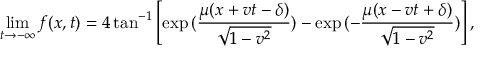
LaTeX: \operatorname * { l i m } _ { t \rightarrow - \infty } f ( x , t ) = 4 \tan ^ { - 1 } \left[ \exp { ( \frac { \mu ( x + v t - \delta ) } { \sqrt { 1 - v ^ { 2 } } } ) } - \exp { ( - \frac { \mu ( x - v t + \delta ) } { \sqrt { 1 - v ^ { 2 } } } ) } \right] ,